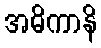
အဓိကာနိ